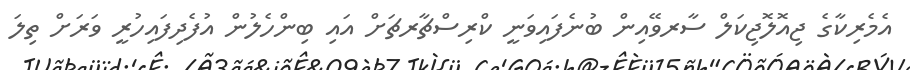
އެމެރިކާގެ ޖިއޮލޮޖިކަލް ސާރވޭއިން ބުނެފައިވަނީ ކްރިސްޗާރޗަށް އައި ބިންހެލުން އުފެދިފައިހުރީ ވަރަށް ތިލަ